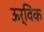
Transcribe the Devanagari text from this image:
ऊर्विक